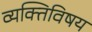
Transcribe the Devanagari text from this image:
व्यक्तिविषय